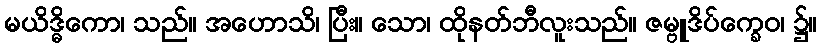
မယိဒ္ဓိကော၊ သည်။ အဟောသိ၊ ပြီး။ သော၊ ထိုနတ်ဘီလူးသည်။ ဇမ္ဗူဒိပ်က္ခေဝ၊ ၌။